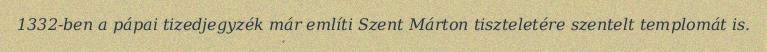
1332-ben a pápai tizedjegyzék már említi Szent Márton tiszteletére szentelt templomát is.